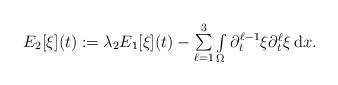
LaTeX: \begin{align*}\begin{array}{ll}E_2[\xi](t) := \lambda_2 E_1[\xi](t)-\sum\limits_{\ell=1}^{3}\int\limits_{\Omega}\partial_t^{\ell-1}\xi \partial_t^{\ell} \xi\,\mathrm{d}x.\end{array}\end{align*}